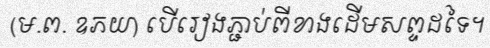
(ម.ព. ឧភយ) បើរៀងភ្ជាប់ពីខាងដើមសព្ទដទៃ។